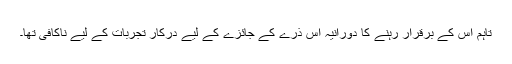
تاہم اس کے برقرار رہنے کا دورانیہ اس ذرے کے جائزے کے لیے درکار تجربات کے لیے ناکافی تھا۔